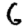
Digit: 6